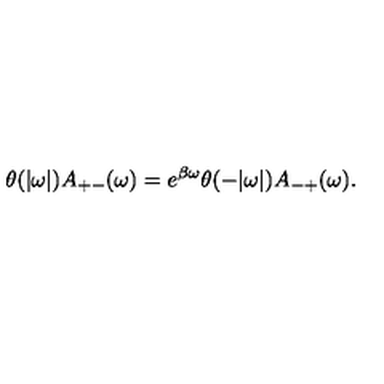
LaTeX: \theta ( | \omega | ) A _ { + - } ( \omega ) = e ^ { \beta \omega } \theta ( - | \omega | ) A _ { - + } ( \omega ) .